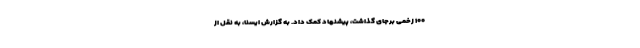
۱۰۰ زخمی برجای گذاشت،‌ پیشنهاد کمک داد. به گزارش ایسنا، به نقل از